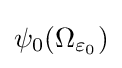
\psi _{0}(\Omega _{\varepsilon _{0}})